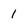
Character: 1